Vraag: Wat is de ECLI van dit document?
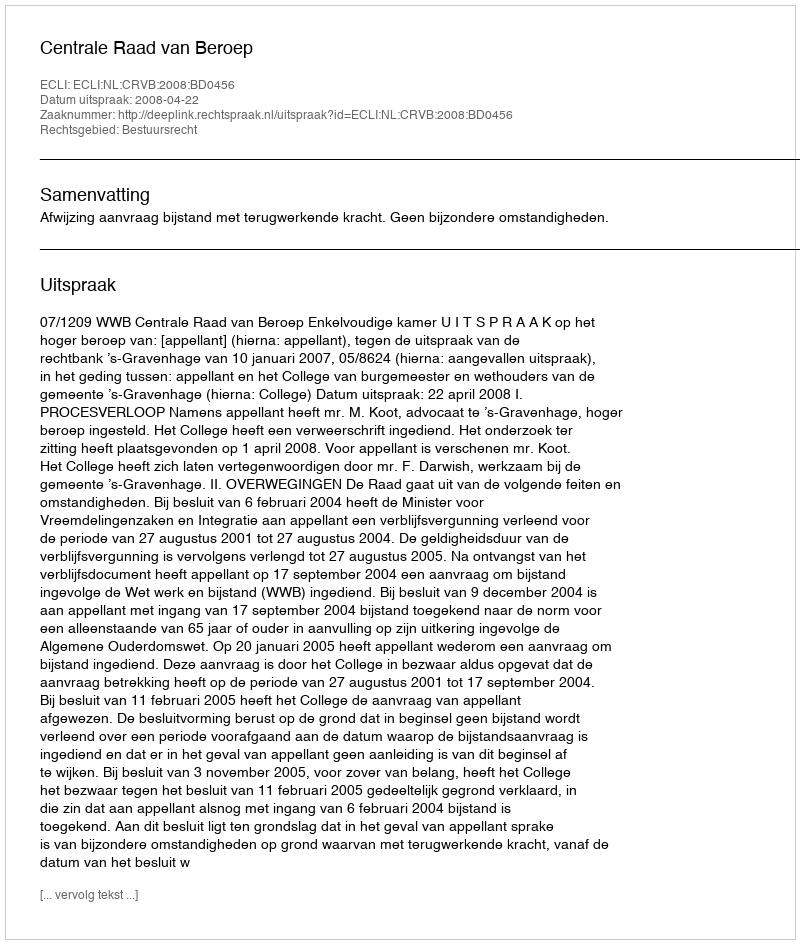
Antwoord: ECLI:NL:CRVB:2008:BD0456